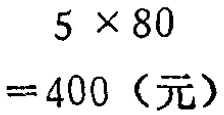
\[
\begin{align*}
5\times80\\
=400（元）
\end{align*}
\]